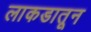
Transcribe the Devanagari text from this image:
लाकडातून